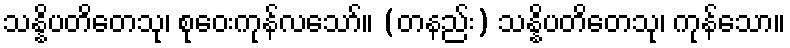
သန္နိပတိတေသု၊ စုဝေးကုန်လသော်။ (တနည်း) သန္နိပတိတေသု၊ ကုန်သော။